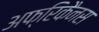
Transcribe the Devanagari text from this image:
अफ्रिकैनस